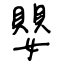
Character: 嬰